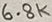
Text: 6.8K